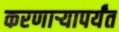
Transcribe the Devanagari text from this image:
करणाऱ्यापर्यंत